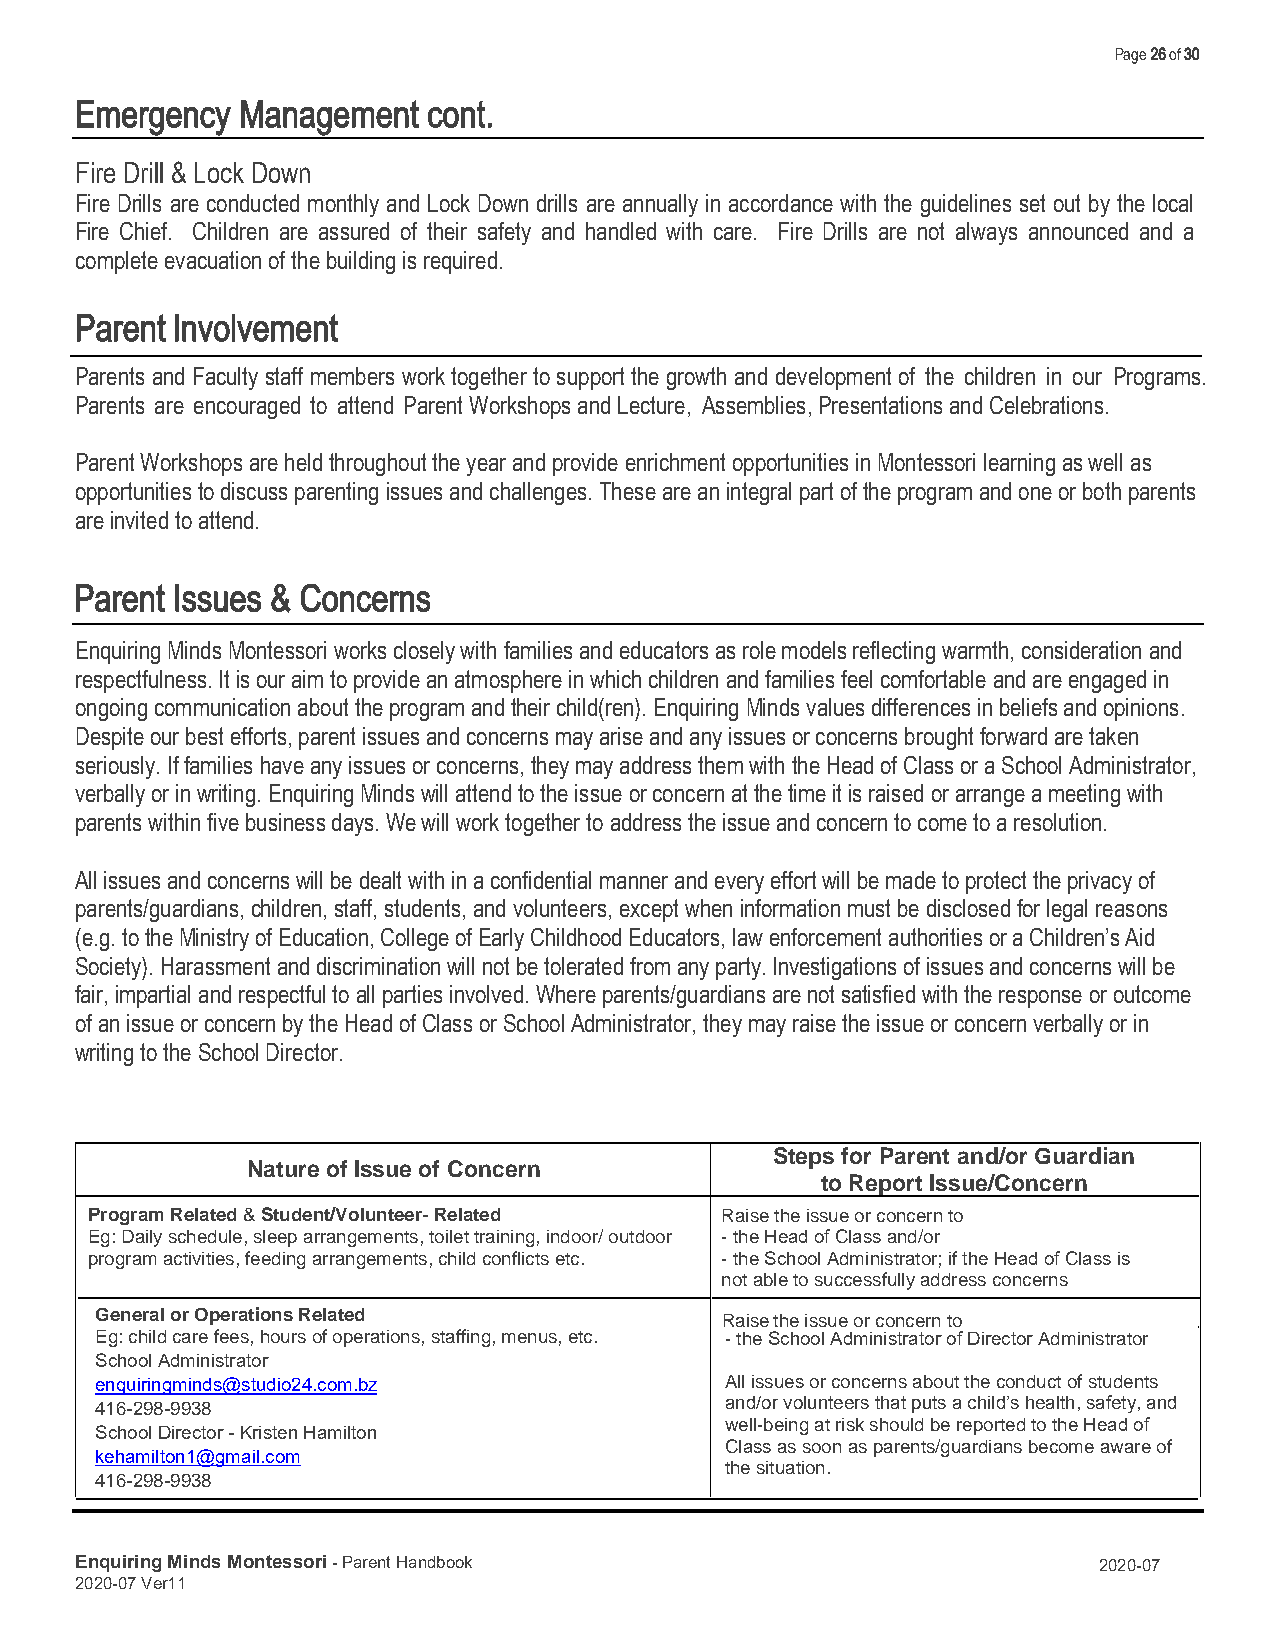
Page 26 of 30
 Emergency  Management  cont.
 Fire Drill & Lock Down
 Fire Drills are conducted monthly and Lock Down drills are annually in accordance with the guidelines set out by the local
 Fire Chief. Children are assured of their safety and handled with care. Fire Drills are not always announced and a
 complete evacuation of the building is required.
 Parent Involvement
 Parents and Faculty staff members work together to support the growth and development of the children in our Programs.
 Parents are encouraged to attend Parent Workshops and Lecture, Assemblies, Presentations and Celebrations.
 Parent Workshops are held throughout the year and provide enrichment opportunities in Montessori learning as well as
 opportunities to discuss parenting issues and challenges. These are an integral part of the program and one or both parents
 are invited to attend.
 Parent Issues & Concerns
 Enquiring Minds Montessori works closely with families and educators as role models reflecting warmth, consideration and
 respectfulness. It is our aim to provide an atmosphere in which children and families feel comfortable and are engaged in
 ongoing communication about the program and their child(ren). Enquiring Minds values differences in beliefs and opinions.
 Despite our best efforts, parent issues and concerns may arise and any issues or concerns brought forward are taken
 seriously. If families have any issues or concerns, they may address them with the Head of Class or a School Administrator,
 verbally or in writing. Enquiring Minds will attend to the issue or concern at the time it is raised or arrange a meeting with
 parents within five business days. We will work together to address the issue and concern to come to a resolution.
 All issues and concerns will be dealt with in a confidential manner and every effort will be made to protect the privacy of
 parents/guardians, children, staff, students, and volunteers, except when information must be disclosed for legal reasons
 (e.g. to the Ministry of Education, College of Early Childhood Educators, law enforcement authorities or a Children’s Aid
 Society). Harassment and discrimination will not be tolerated from any party. Investigations of issues and concerns will be
 fair, impartial and respectful to all parties involved. Where parents/guardians are not satisfied with the response or outcome
 of an issue or concern by the Head of Class or School Administrator, they may raise the issue or concern verbally or in
 writing to the School Director.
 Steps for Parent and/or Guardian
 Nature of Issue of Concern
 to Report Issue/Concern
 Program Related & Student/Volunteer- Related Raise the issue or concern to
 Eg: Daily schedule, sleep arrangements, toilet training, indoor/ outdoor -the Head of Class and/or
 program activities, feeding arrangements, child conflicts etc. -the School Administrator; if the Head of Class is
 not able to successfully address concerns
 General or Operations Related             R a is e t h e issue or concern to
 Eg: child care fees, hours of operations, staffing, menus, etc. -the School Administrator of Director Administrator
 School Administrator
 enquiringminds@studio24.com.bz            All issues or concerns about the conduct of students
 and/or volunteers that puts a child’s health, safety, and
 416-298-9938
 well-being at risk should be reported to the Head of
 School Director - Kristen Hamilton
 Class as soon as parents/guardians become aware of
 kehamilton1@gmail.com
 the situation.
 416-298-9938
 Enquiring Minds Montessori - Parent Handbook                        2020-07
 2020-07 Ver11